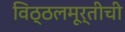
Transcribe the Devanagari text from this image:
विठ्ठलमूर्तीची